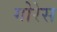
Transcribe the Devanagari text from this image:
गोरेस